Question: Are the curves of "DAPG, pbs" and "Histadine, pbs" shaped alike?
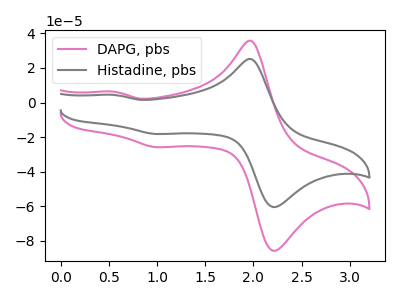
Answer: <think>The pink curve "DAPG, pbs" has anodic peaks at (2.00V, 35.60uA) (0.55V, 6.30uA) and cathodic peaks at (2.25V, -84.85uA) (1.00V, -25.80uA). The gray curve "Histadine, pbs" has anodic peaks at (2.00V, 25.10uA) (0.55V, 4.45uA) and cathodic peaks at (2.25V, -59.85uA) (1.00V, -18.20uA).
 All the peaks in "DAPG, pbs" have a peak in "Histadine, pbs" at the same potential. Every peak in "DAPG, pbs" is higher than every peak in "Histadine, pbs".</think>
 <answer>"DAPG, pbs" and "Histadine, pbs" are similar in shape.</answer>
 <eval>same_shape</eval>